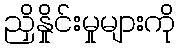
ညှိနှိုင်းမှုများကို